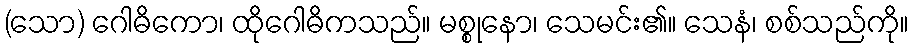
(သော) ဂေါဓိကော၊ ထိုဂေါဓိကသည်။ မစ္စုနော၊ သေမင်း၏။ သေနံ၊ စစ်သည်ကို။